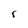
Character: r